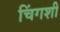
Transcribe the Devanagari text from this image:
चिंगशी